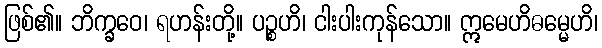
ဖြစ်၏။ ဘိက္ခဝေ၊ ရဟန်းတို့။ ပဉ္စဟိ၊ ငါးပါးကုန်သော။ ဣမေဟိဓမ္မေဟိ၊